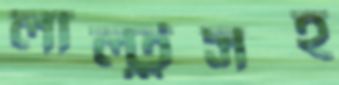
লাল্টুসহ